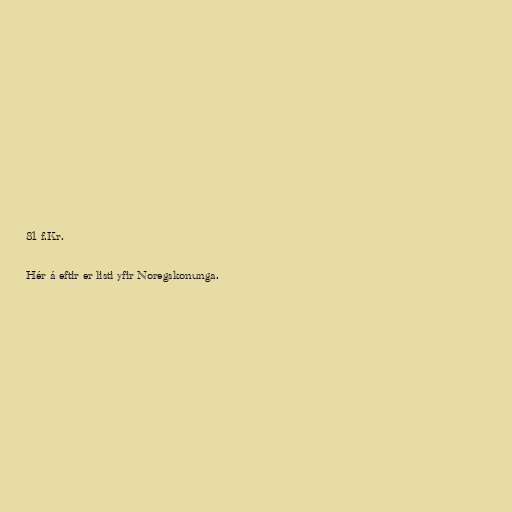
81 f.Kr.

Hér á eftir er listi yfir Noregskonunga.